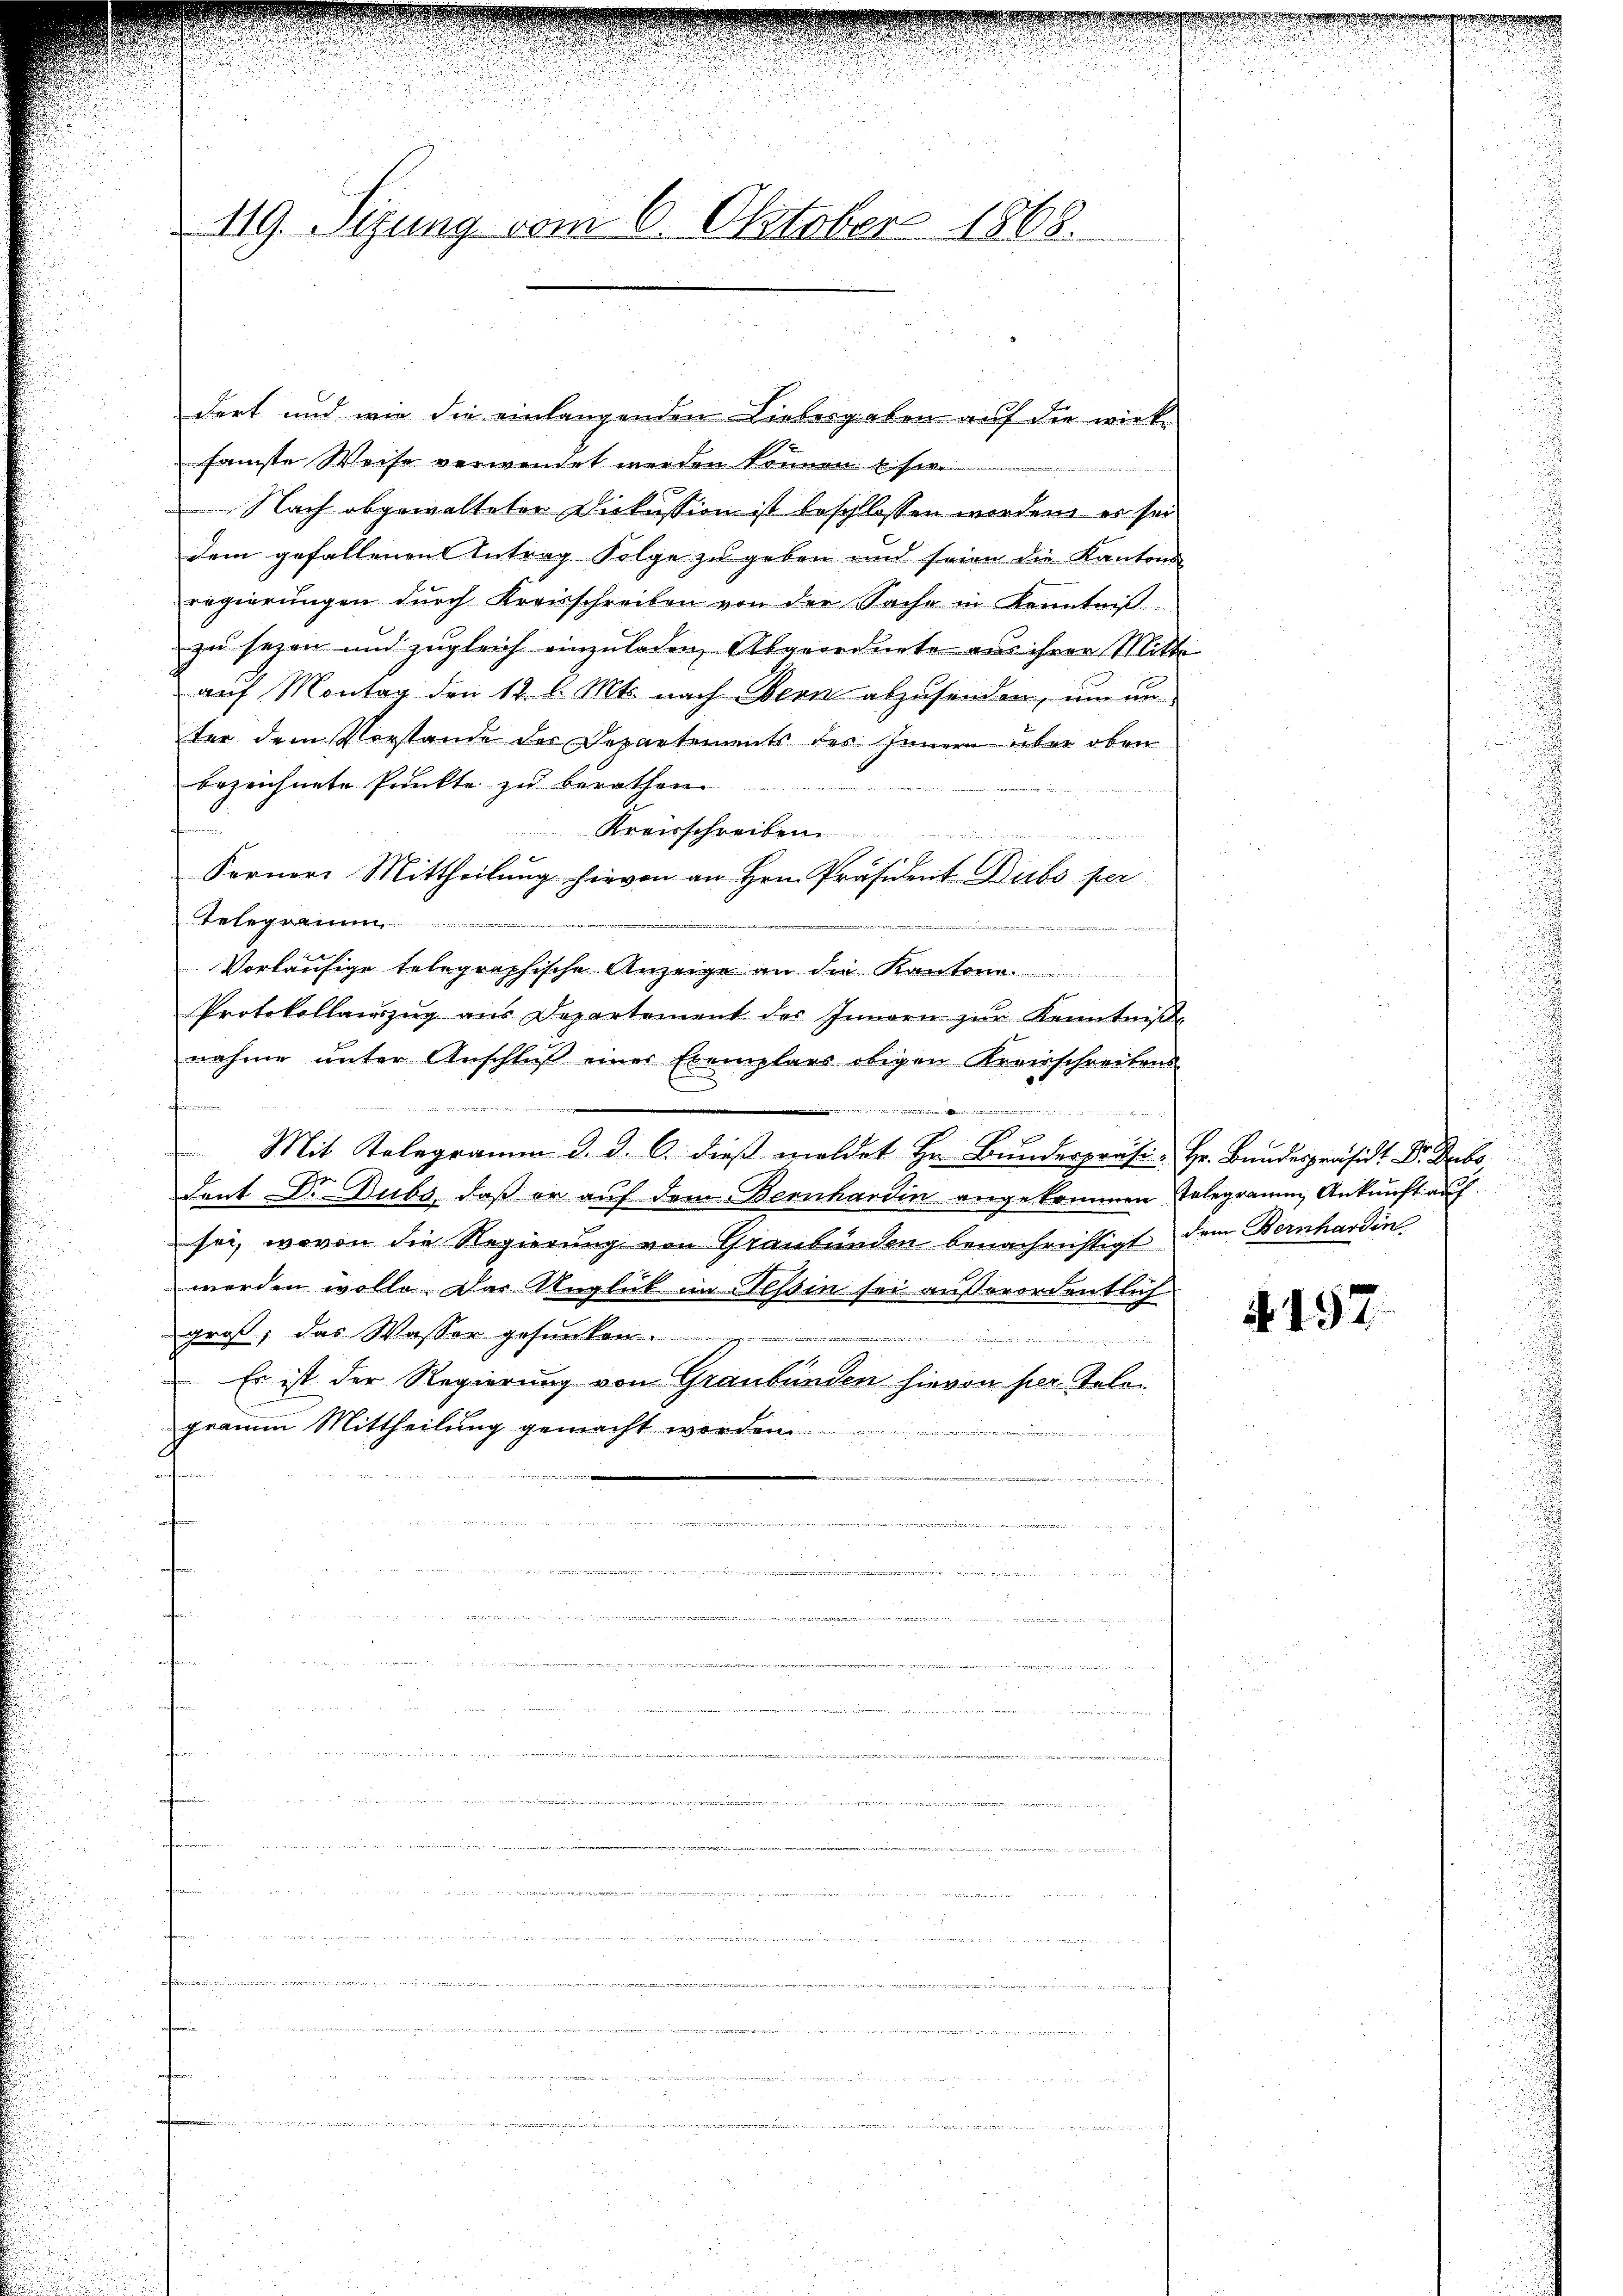
119. Sizung vom 6. Oktober 1868.

dert und wie die einlangenden Liebesgaben auf die wirk
samste Weise verwendet werden können. E sie
Nach abgewalteter Diskussion ist beschlossen werden, es sei
dem gefallenen Antrag Folge zu geben und seien die Kantons
regierungen durch Kreisschreiben von der Sache in Kenntniß
zu seien und zugleich einzuladen, Abgeordnete aus ihrer Mitte
auf Montag den 12. l. Mts. nach Bern abzusenden, um un
ter dem Vorstande des Departements des Innern über oben
bezeichnete Punkte zu berathen
2
Kreisschreiben
 ich den         den werde
Fernere Mittheilung hievon an Hrn. Präsident Dubs per
Teleg
e
Vorläufige telegraphische Anzeige an die Kantone
Protokollaŭszŭg ans Departement des Innern zŭr Kenntniβ
nahme unter Anschlŭβ einer Exemplars obigen Kreisschreibens

n
d
Mit Telegramm d. d. 6. dieβ meldet Hr. Bunderpräsi- Hr. Bundespräsidt. Dr. Gebo
dent Dr. Dubs, daß er auf dem Bernhardin angekommen Gelegramm Ankunft auf
sei, wovon die Regierung von Graubünden benachrichtigt dem Bernhardin
werden wolle. Das Unglück im Tessin sei außerordentlich
groß, das Wasser gesunken.
e
n
Es ist der Regierung von Graubünden hievon her Telegraum Mittheilung gemacht werden.

.

No. 197.